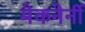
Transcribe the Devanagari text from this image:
मेकनेर्नी